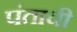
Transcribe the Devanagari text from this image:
पंताची